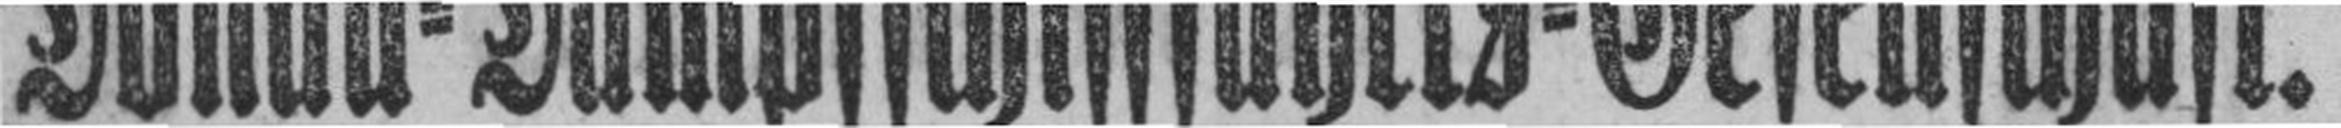
Donau=Dampfschifffahrts=Gesellschaft.